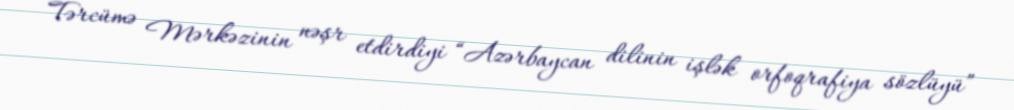
Tərcümə Mərkəzinin nəşr etdirdiyi “Azərbaycan dilinin işlək orfoqrafiya sözlüyü”